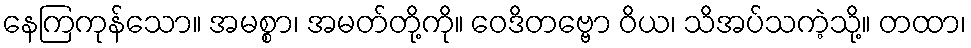
နေကြကုန်သော။ အမစ္စာ၊ အမတ်တို့ကို။ ဝေဒိတဗ္ဗော ဝိယ၊ သိအပ်သကဲ့သို့။ တထာ၊